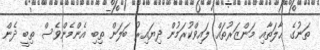
ތަނުގެ ޙާލަތާއި މަންޒަރުތައް ލައިވްކުރަމުން ދިޔައިރު ބަލަން ތިބި އެންމެންވެސް ތިބީ ދެން